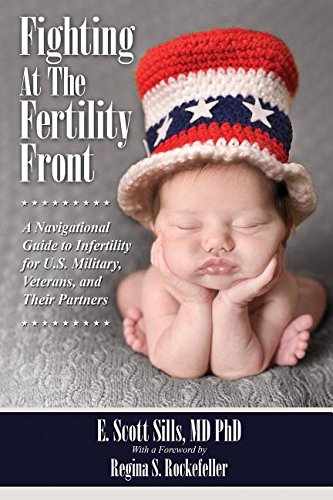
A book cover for Fighting At The Fertility Front: A Navigational Guide to Infertility for U.S. Military, Veterans & Their Partners; E. Scott Sills; Parenting & Relationships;